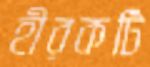
হীরকটি